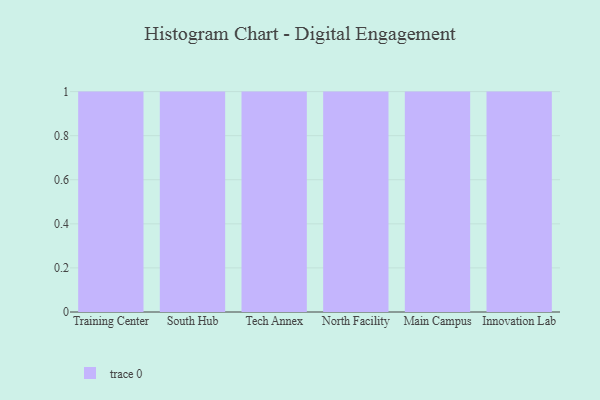
{"axis": {"x": "Campus", "y": "Active Users"}, "legend": [""], "data": [{"x": "Training Center", "y": 43, "type": ""}, {"x": "South Hub", "y": 60, "type": ""}, {"x": "Tech Annex", "y": 29, "type": ""}, {"x": "North Facility", "y": 71, "type": ""}, {"x": "Main Campus", "y": 77, "type": ""}, {"x": "Innovation Lab", "y": 58, "type": ""}]}